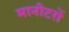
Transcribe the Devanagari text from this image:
मानीटरों